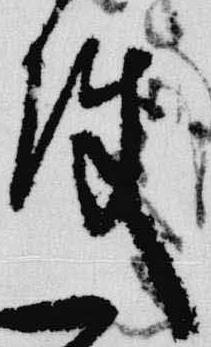
使